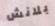
بلانش